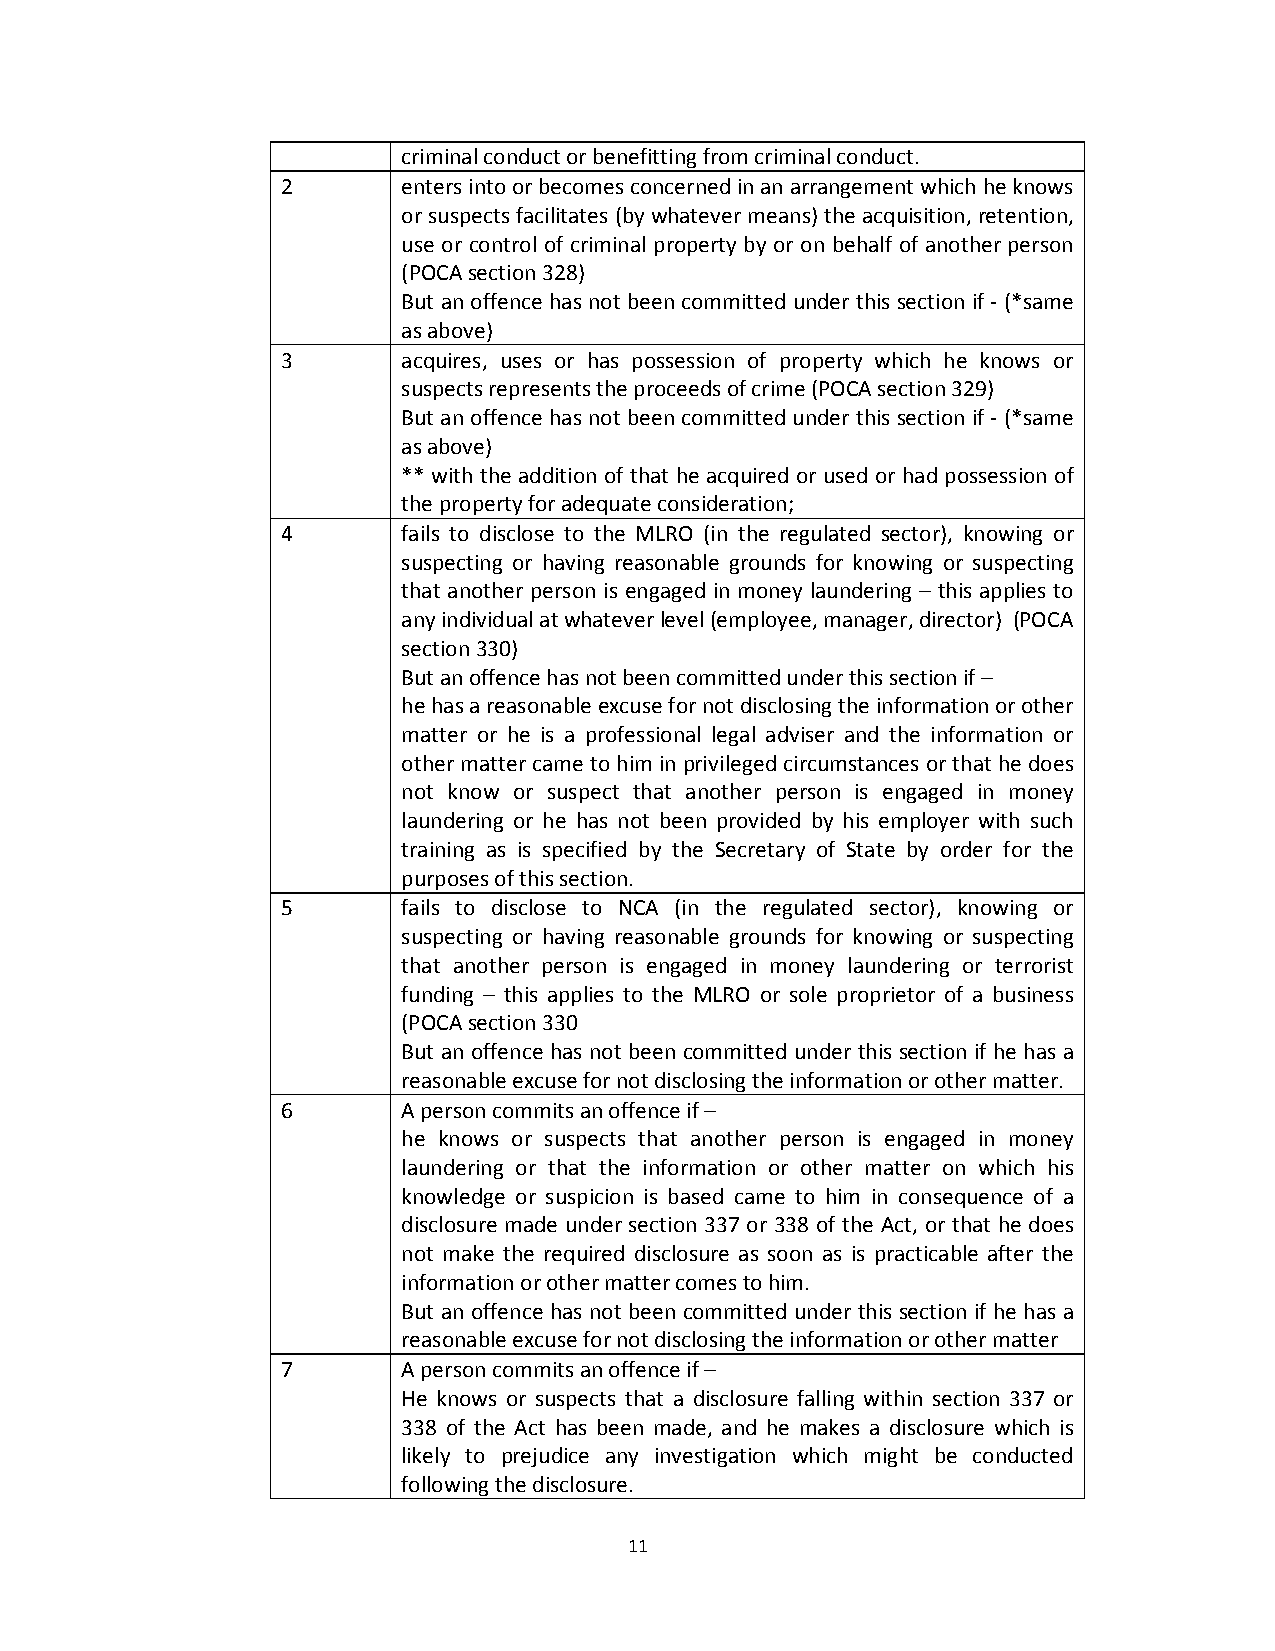
criminal conduct or benefitting from criminal conduct.
 2       enters into or becomes concerned in an arrangement which he knows
 or suspects facilitates (by whatever means) the acquisition, retention,
 use or control of criminal property by or on behalf of another person
 (POCA section 328)
 But an offence has not been committed under this section if ‐ (*same
 as above)
 3       acquires, uses or has possession of property which he knows or
 suspects represents the proceeds of crime (POCA section 329)
 But an offence has not been committed under this section if ‐ (*same
 as above)
 ** with the addition of that he acquired or used or had possession of
 the property for adequate consideration;
 4       fails to disclose to the MLRO (in the regulated sector), knowing or
 suspecting or having reasonable grounds for knowing or suspecting
 that another person is engaged in money laundering – this applies to
 any individual at whatever level (employee, manager, director) (POCA
 section 330)
 But an offence has not been committed under this section if –
 he has a reasonable excuse for not disclosing the information or other
 matter or he is a professional legal adviser and the information or
 other matter came to him in privileged circumstances or that he does
 not know or suspect that another person is engaged in money
 laundering or he has not been provided by his employer with such
 training as is specified by the Secretary of State by order for the
 purposes of this section.
 5       fails to disclose to NCA (in the regulated sector), knowing or
 suspecting or having reasonable grounds for knowing or suspecting
 that another person is engaged in money laundering or terrorist
 funding – this applies to the MLRO or sole proprietor of a business
 (POCA section 330
 But an offence has not been committed under this section if he has a
 reasonable excuse for not disclosing the information or other matter.
 6       A person commits an offence if –
 he knows or suspects that another person is engaged in money
 laundering or that the information or other matter on which his
 knowledge or suspicion is based came to him in consequence of a
 disclosure made under section 337 or 338 of the Act, or that he does
 not make the required disclosure as soon as is practicable after the
 information or other matter comes to him.
 But an offence has not been committed under this section if he has a
 reasonable excuse for not disclosing the information or other matter
 7       A person commits an offence if –
 He knows or suspects that a disclosure falling within section 337 or
 338 of the Act has been made, and he makes a disclosure which is
 likely to prejudice any investigation which might be conducted
 following the disclosure.
 11